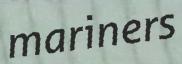
mariners